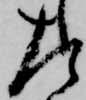
左